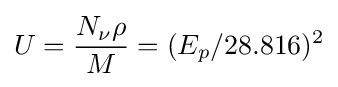
U={\frac {N_{\nu }\rho }{M}}=(E_{p}/28.816)^{2}